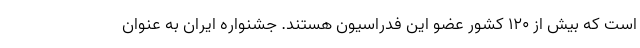
است که بیش از 120 کشور عضو این فدراسیون هستند. جشنواره ایران به عنوان